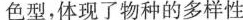
色型，体现了物种的多样性